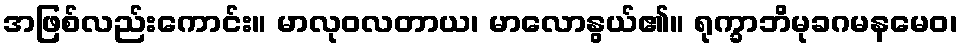
အဖြစ်လည်းကောင်း။ မာလုဝလတာယ၊ မာလောနွယ်၏။ ရုက္ခာဘိမုခဂမနမေဝ၊